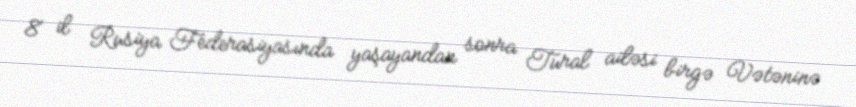
8 il Rusiya Federasiyasında yaşayandan sonra Tural ailəsi birgə Vətəninə